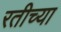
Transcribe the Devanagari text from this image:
रतीच्या